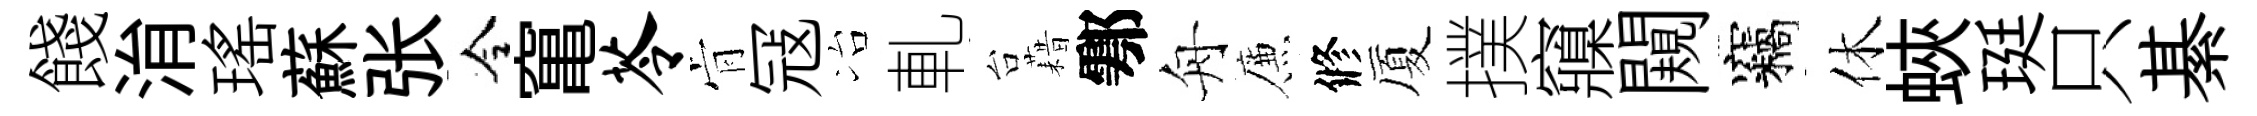
餞㳙瑶蘇张令𥧄苓肻冦冶軋台藉鄠舟簾修厦撲䆿闚竊休蛺珽只綦